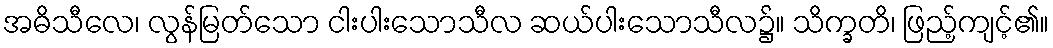
အဓိသီလေ၊ လွန်မြတ်သော ငါးပါးသောသီလ ဆယ်ပါးသောသီလ၌။ သိက္ခတိ၊ ဖြည့်ကျင့်၏။